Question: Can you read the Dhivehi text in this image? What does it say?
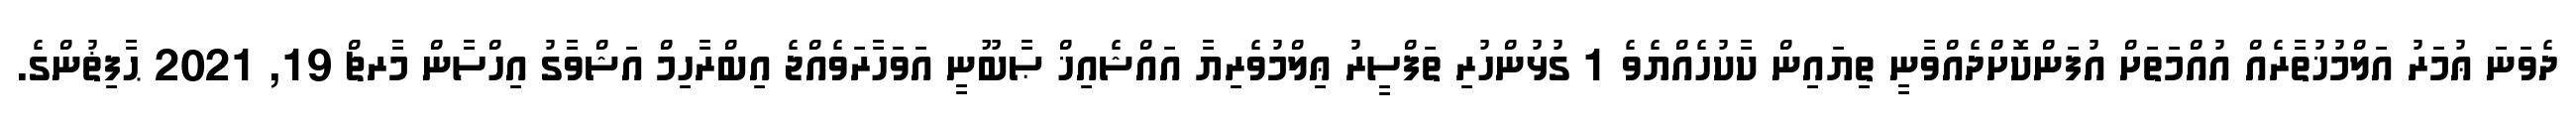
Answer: ދެވަނަ ޢުމަރު އަލްމުޚުތާރެއް އުއްމަތަށް އުފަންކޮށްދެއްވާނީ ތިޔައިން ކާކުހެއްޔެވެ 1 ގުޅުންހުރި ތަފްސީރު ޢިލްމުވެރިޔާ އައްޝެއިޚް ޞާބޫނީ އަވަހާރަވެއްޖެ އިބްރާހިމް އަޝްވާގު އިހްސާން މާރޗް 19, 2021 ޙާފިޡުންގެ.